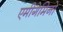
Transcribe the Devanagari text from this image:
एमीगेमिनो